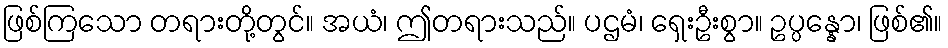
ဖြစ်ကြသော တရားတို့တွင်။ အယံ၊ ဤတရားသည်။ ပဌမံ၊ ရှေးဦးစွာ။ ဥပ္ပန္နော၊ ဖြစ်၏။